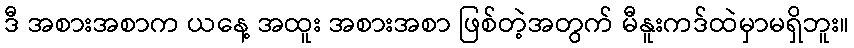
ဒီ အစားအစာက ယနေ့ အထူး အစားအစာ ဖြစ်တဲ့အတွက် မီနူးကဒ်ထဲမှာမရှိဘူး။